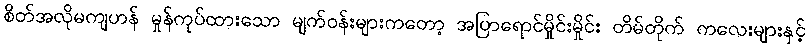
စိတ်အလိုမကျဟန် မှုန်ကုပ်ထားသော မျက်ဝန်းများကတော့ အပြာရောင်မှိုင်းမှိုင်း တိမ်တိုက် ကလေးများနှင့်